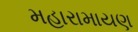
મહારામાયણ